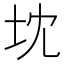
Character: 𭎃